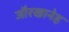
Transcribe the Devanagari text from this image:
जौरखानेह